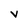
Character: V